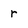
Character: r